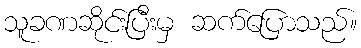
သူခဏဆိုင်းပြီးမှ ဆက်ပြောသည်။